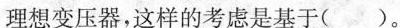
理想变压器，这样的考虑是基于()。